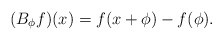
\begin{align*}(B_\phi f)(x) = f(x+\phi) - f(\phi).\end{align*}